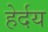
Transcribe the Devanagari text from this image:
हेर्दय